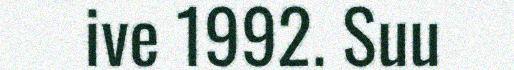
ive 1992. Suu